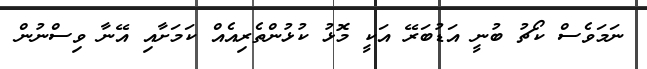
ނަމަވެސް ކޯޗު ބުނީ އަޑުބަރޭ އަކީ މޮޅު ކުޅުންތެރިއެއް ކަމަށާއި އޭނާ ވިސްނުން